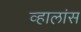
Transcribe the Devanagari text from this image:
व्हालांस